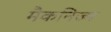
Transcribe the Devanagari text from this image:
मैकनिज्म